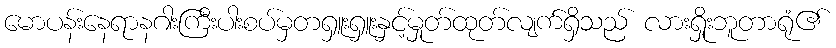
မောပန်းနေရာနဂါးကြီးပါးစပ်မှတရှူးရှူးနှင့်မှုတ်ထုတ်လျက်ရှိသည် လားရှိုးဘူတာရုံ၏